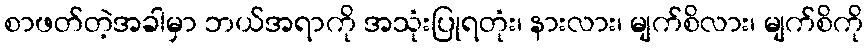
စာဖတ်တဲ့အခါမှာ ဘယ်အရာကို အသုံးပြုရတုံး၊ နားလား၊ မျက်စိလား၊ မျက်စိကို